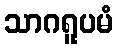
သာဂရူပမံ